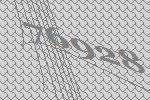
76928